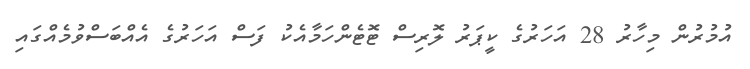
އުމުރުން މިހާރު 28 އަހަރުގެ ކީޕަރު ލޮރިސް ޓޮޓެންހަމާއެކު ފަސް އަހަރުގެ އެއްބަސްވުމެއްގައި